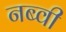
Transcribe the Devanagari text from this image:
नब्वी